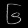
Digit: ၆